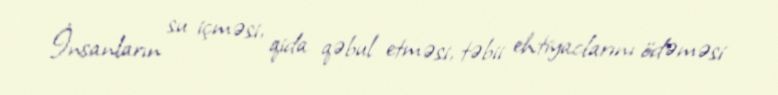
İnsanların su içməsi, qida qəbul etməsi, təbii ehtiyaclarını ödəməsi